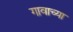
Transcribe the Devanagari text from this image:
गावाच्‍या